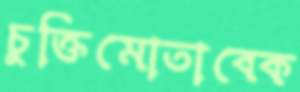
চুক্তিমোতাবেক